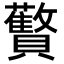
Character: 𬥱